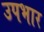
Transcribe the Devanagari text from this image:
उपभार